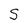
Character: S